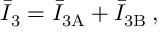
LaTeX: \bar { I } _ { 3 } = \bar { I } _ { 3 \mathrm { A } } + \bar { I } _ { 3 \mathrm { B } } \: ,